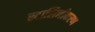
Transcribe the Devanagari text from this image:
स्टालिनीकरण